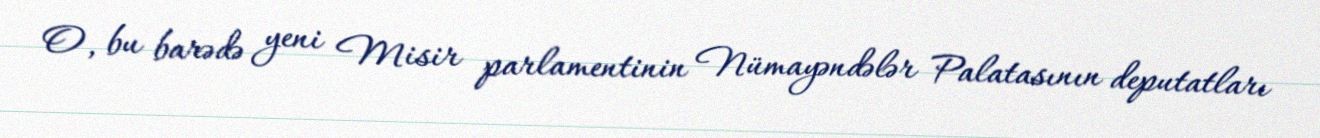
O, bu barədə yeni Misir parlamentinin Nümayəndələr Palatasının deputatları